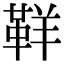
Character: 𩊑